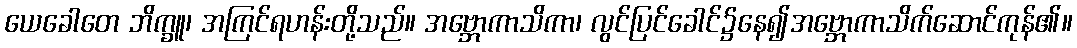
ယေခေါတေ ဘိက္ခူ၊ အကြင်ရဟန်းတို့သည်။ အဗ္ဘောကာသိကာ၊ လွင်ပြင်ခေါင်၌နေ၍အဗ္ဘောကာသိက်ဆောင်ကုန်၏။